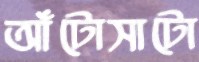
আঁটোসাটো